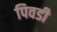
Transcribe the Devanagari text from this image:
पिवडी